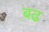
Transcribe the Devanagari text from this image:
ब़ढ